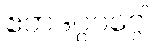
ဧတဒဂ္ဂဝဂ္ဂေါ